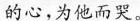
的心，为他而哭。